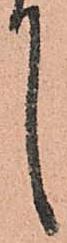
候